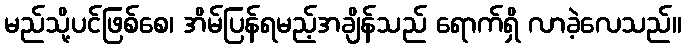
မည်သို့ပင်ဖြစ်စေ၊ အိမ်ပြန်ရမည့်အချိန်သည် ရောက်ရှိ လာခဲ့လေသည်။